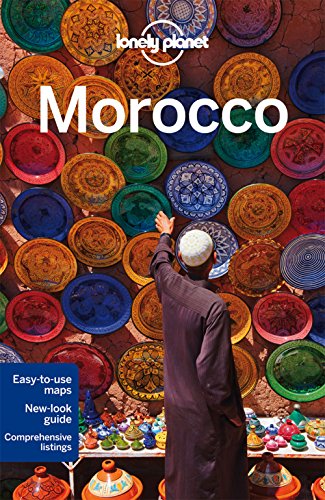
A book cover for Lonely Planet Morocco (Travel Guide); Lonely Planet; Travel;